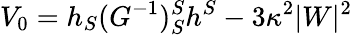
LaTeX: V_{0}=h_{S}(G^{-1})_{S}^{S}h^{S}-3\kappa^{2}|W|^{2}